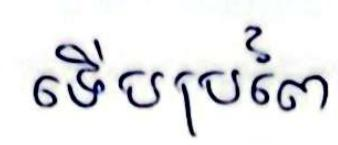
ទើបប្រពៃ